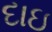
દાઇ